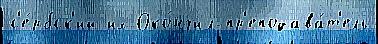
с'е́рбск'ий их Око́нчил пр'еподава́т'ель